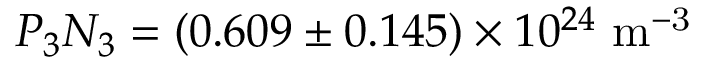
P _ { 3 } N _ { 3 } = ( 0 . 6 0 9 \pm 0 . 1 4 5 ) \times 1 0 ^ { 2 4 } ~ \mathrm { m ^ { - 3 } }